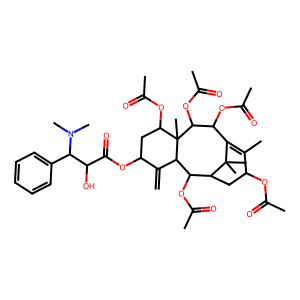
SMILES: C=C1C(OC(=O)C(O)C(c2ccccc2)N(C)C)CC(OC(C)=O)C2(C)C(OC(C)=O)C(OC(C)=O)C3=C(C)C(OC(C)=O)CC(C(OC(C)=O)C12)C3(C)C
Inhibits HIV replication: No